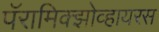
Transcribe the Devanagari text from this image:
पॅरामिक्झोव्हायरस